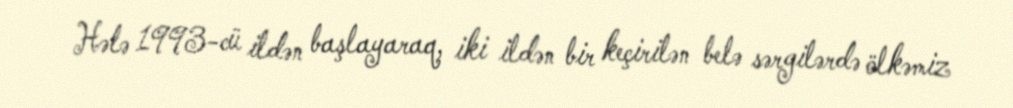
Hələ 1993-cü ildən başlayaraq, iki ildən bir keçirilən belə sərgilərdə ölkəmiz